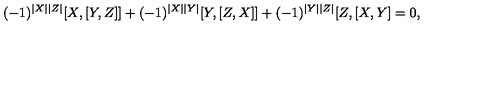
( - 1 ) ^ { | X | | Z | } [ X , [ Y , Z ] ] + ( - 1 ) ^ { | X | | Y | } [ Y , [ Z , X ] ] + ( - 1 ) ^ { | Y | | Z | } [ Z , [ X , Y ] = 0 ,